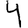
Digit: 4